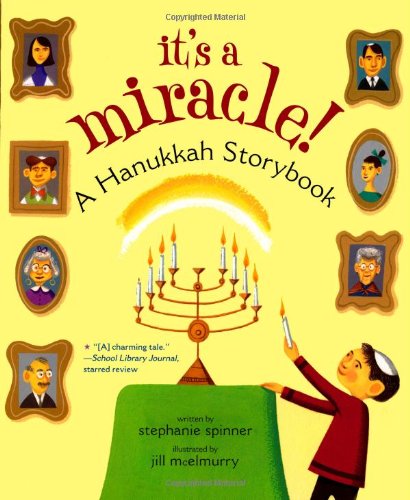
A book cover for It's a Miracle!: A Hanukkah Storybook; Stephanie Spinner; Children's Books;